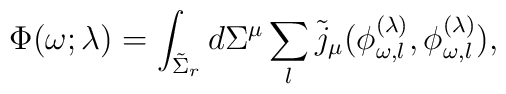
\Phi(\omega;\lambda)= \int_{\tilde{\Sigma}_r} d\Sigma^\mu \sum_l\tilde{j}_\mu(\phi^{(\lambda)}_{\omega,l},\phi^{(\lambda)}_{\omega,l}),